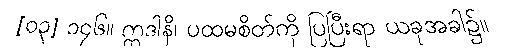
[၀၃] ၁၄၆။ ဣဒါနိ၊ ပထမစိတ်ကို ပြပြီးရာ ယခုအခါ၌။